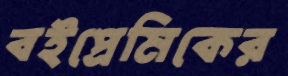
বইপ্রেমিকের